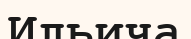
Ильича